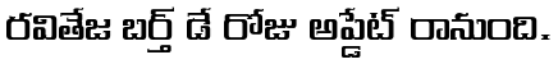
రవితేజ బర్త్ డే రోజు అప్డేట్ రానుంది.